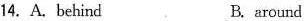
14. A. behind B. around